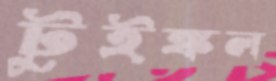
টুইঙ্কল